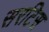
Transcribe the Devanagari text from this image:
सरटिस